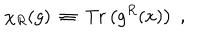
\chi _ { R } ( g ) ~ \equiv ~ \mathrm { T r } \left( g ^ { R } ( x ) \right) \; ,